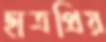
ছাত্রপ্রিয়